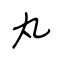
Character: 丸